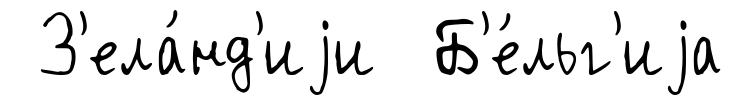
З'ела́нд'иjи Б'е́льг'иjа